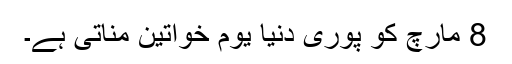
8 مارچ کو پوری دنیا یوم خواتین مناتی ہے۔